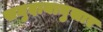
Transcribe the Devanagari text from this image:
समुदायानुसार